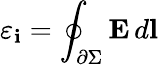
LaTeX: \varepsilon_{\mathbf{i}}=\oint_{\scriptstyle\partial\Sigma}\textbf{{E}}\, d\textbf{{l}}